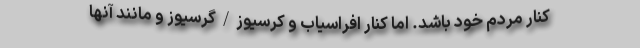
کنار مردم خود باشد. اما کنار افراسیاب و کرسیوز/گرسیوز و مانند آنها